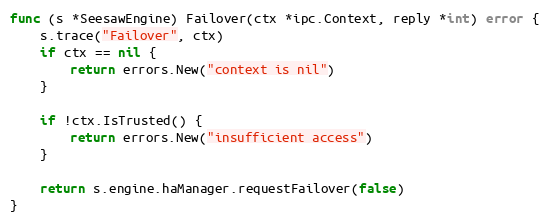
Language: Go
func (s *SeesawEngine) Failover(ctx *ipc.Context, reply *int) error {
	s.trace("Failover", ctx)
	if ctx == nil {
		return errors.New("context is nil")
	}

	if !ctx.IsTrusted() {
		return errors.New("insufficient access")
	}

	return s.engine.haManager.requestFailover(false)
}